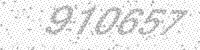
Solution: 910657